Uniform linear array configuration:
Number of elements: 8
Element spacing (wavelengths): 0.75
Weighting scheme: uniform
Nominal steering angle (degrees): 15
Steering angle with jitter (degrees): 13.862
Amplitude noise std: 0.05
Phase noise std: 0.05

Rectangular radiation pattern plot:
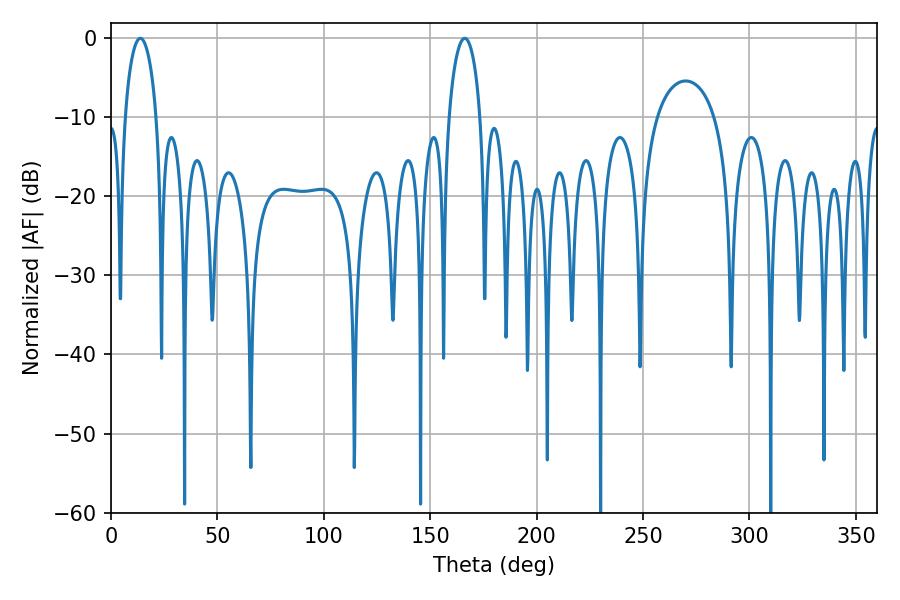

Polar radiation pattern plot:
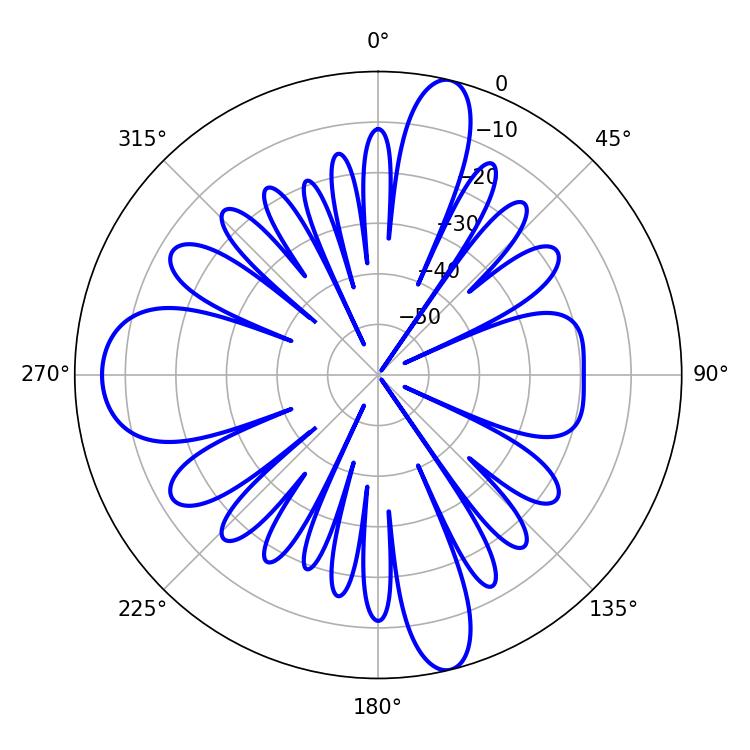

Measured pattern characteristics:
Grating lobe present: TRUE
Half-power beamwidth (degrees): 8.46
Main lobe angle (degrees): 13.86